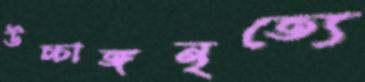
উচ্চাঙ্গনৃত্যে